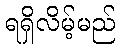
ရရှိလိမ့်မည်